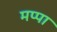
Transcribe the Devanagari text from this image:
मप्पा